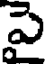
పై